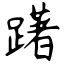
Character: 躇